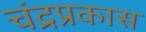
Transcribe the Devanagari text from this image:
चंद्रप्रकास